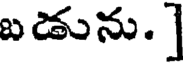
బడును. ]